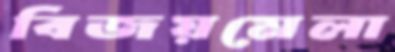
বিজয়মেলা